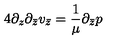
4 \partial _ { z } \partial _ { \bar { z } } v _ { \bar { z } } = \frac { 1 } { \mu } \partial _ { \bar { z } } p